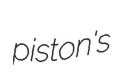
piston's